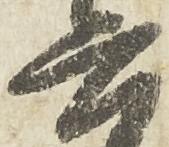
六